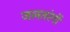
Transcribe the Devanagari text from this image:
जलतरंगों